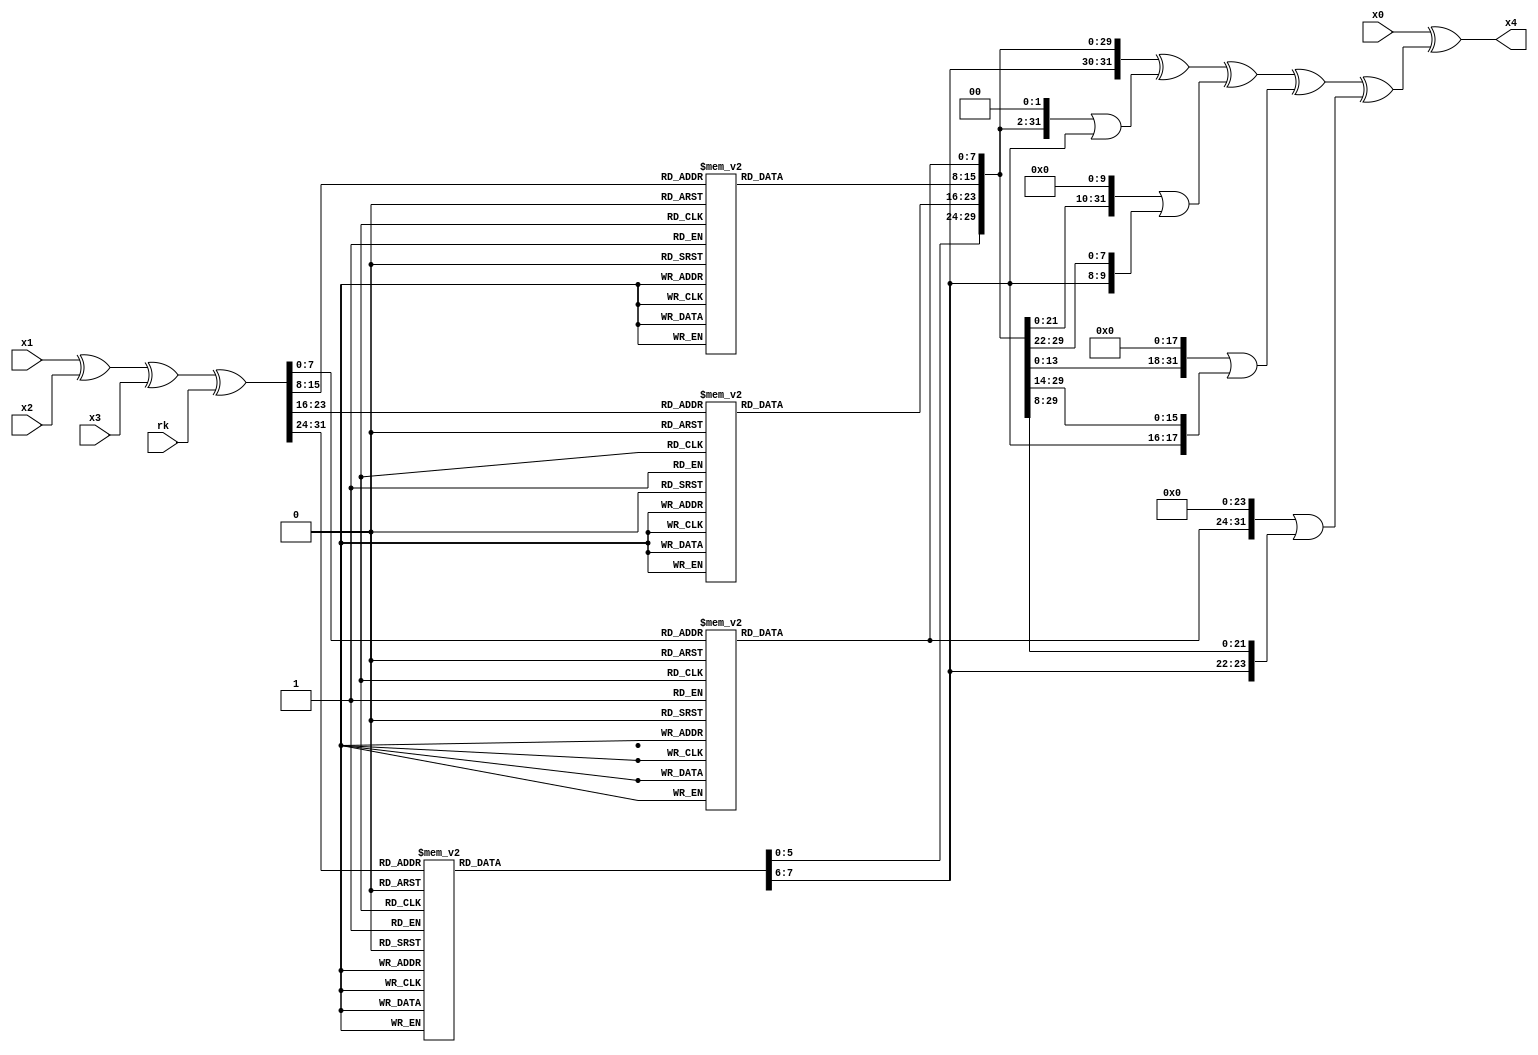
`timescale 1ns / 1ps
//////////////////////////////////////////////////////////////////////////////////
// Company: 
// 
// Design Name: 
// Module Name:    xcalc
// Project Name: 
// Target Devices: 
// Tool versions: 
// Description: 
//
// Dependencies: 
//
// Revision: 
// Revision 0.01 - File Created
// Additional Comments: 
//     calculate a x
//     x4 = x0 ^ T( x1 ^ x2 ^ x3 ^ rk )
//////////////////////////////////////////////////////////////////////////////////
module x_calculate (
    x0,
    x1,
    x2,
    x3,
    x4,
    rk
);
    input wire[31:0] x0;
    input wire[31:0] x1;
    input wire[31:0] x2;
    input wire[31:0] x3;
    output wire[31:0] x4;
    input wire[31:0] rk;

    wire[31:0] bracket;
    assign bracket = x1 ^ x2 ^ x3 ^ rk;
    wire[31:0] after_sb;
    wire[7:0] temp1;
    wire[7:0] temp2;
    wire[7:0] temp3;
    wire[7:0] temp4;
    assign temp1 = lut_sb(bracket[31:24]);
    assign temp2 = lut_sb(bracket[23:16]);
    assign temp3 = lut_sb(bracket[15:8]);
    assign temp4 = lut_sb(bracket[7:0]);
    assign after_sb = { temp1, temp2, temp3, temp4 };
    wire[31:0] T;
    assign T = after_sb ^ ( (after_sb<<2)|(after_sb>>30) ) ^ ( (after_sb<<10)|(after_sb>>22) ) ^ ( (after_sb<<18)|(after_sb>>14) ) ^ ( (after_sb<<24)|(after_sb>>8) ) ;
    assign x4 = x0 ^ T;

    function[ 7: 0] lut_sb;
        input[ 7: 0] sin;
        case (sin)
            8'h00: lut_sb = 8'hd6; 8'h01: lut_sb = 8'h90; 8'h02: lut_sb = 8'he9; 8'h03: lut_sb = 8'hfe; 8'h04: lut_sb = 8'hcc; 8'h05: lut_sb = 8'he1; 8'h06: lut_sb = 8'h3d; 8'h07: lut_sb = 8'hb7;
            8'h10: lut_sb = 8'h2b; 8'h11: lut_sb = 8'h67; 8'h12: lut_sb = 8'h9a; 8'h13: lut_sb = 8'h76; 8'h14: lut_sb = 8'h2a; 8'h15: lut_sb = 8'hbe; 8'h16: lut_sb = 8'h04; 8'h17: lut_sb = 8'hc3;
            8'h20: lut_sb = 8'h9c; 8'h21: lut_sb = 8'h42; 8'h22: lut_sb = 8'h50; 8'h23: lut_sb = 8'hf4; 8'h24: lut_sb = 8'h91; 8'h25: lut_sb = 8'hef; 8'h26: lut_sb = 8'h98; 8'h27: lut_sb = 8'h7a;
            8'h30: lut_sb = 8'he4; 8'h31: lut_sb = 8'hb3; 8'h32: lut_sb = 8'h1c; 8'h33: lut_sb = 8'ha9; 8'h34: lut_sb = 8'hc9; 8'h35: lut_sb = 8'h08; 8'h36: lut_sb = 8'he8; 8'h37: lut_sb = 8'h95;
            8'h40: lut_sb = 8'h47; 8'h41: lut_sb = 8'h07; 8'h42: lut_sb = 8'ha7; 8'h43: lut_sb = 8'hfc; 8'h44: lut_sb = 8'hf3; 8'h45: lut_sb = 8'h73; 8'h46: lut_sb = 8'h17; 8'h47: lut_sb = 8'hba;
            8'h50: lut_sb = 8'h68; 8'h51: lut_sb = 8'h6b; 8'h52: lut_sb = 8'h81; 8'h53: lut_sb = 8'hb2; 8'h54: lut_sb = 8'h71; 8'h55: lut_sb = 8'h64; 8'h56: lut_sb = 8'hda; 8'h57: lut_sb = 8'h8b;
            8'h60: lut_sb = 8'h1e; 8'h61: lut_sb = 8'h24; 8'h62: lut_sb = 8'h0e; 8'h63: lut_sb = 8'h5e; 8'h64: lut_sb = 8'h63; 8'h65: lut_sb = 8'h58; 8'h66: lut_sb = 8'hd1; 8'h67: lut_sb = 8'ha2;
            8'h70: lut_sb = 8'hd4; 8'h71: lut_sb = 8'h00; 8'h72: lut_sb = 8'h46; 8'h73: lut_sb = 8'h57; 8'h74: lut_sb = 8'h9f; 8'h75: lut_sb = 8'hd3; 8'h76: lut_sb = 8'h27; 8'h77: lut_sb = 8'h52;
            8'h80: lut_sb = 8'hea; 8'h81: lut_sb = 8'hbf; 8'h82: lut_sb = 8'h8a; 8'h83: lut_sb = 8'hd2; 8'h84: lut_sb = 8'h40; 8'h85: lut_sb = 8'hc7; 8'h86: lut_sb = 8'h38; 8'h87: lut_sb = 8'hb5;
            8'h90: lut_sb = 8'he0; 8'h91: lut_sb = 8'hae; 8'h92: lut_sb = 8'h5d; 8'h93: lut_sb = 8'ha4; 8'h94: lut_sb = 8'h9b; 8'h95: lut_sb = 8'h34; 8'h96: lut_sb = 8'h1a; 8'h97: lut_sb = 8'h55;
            8'hA0: lut_sb = 8'h1d; 8'hA1: lut_sb = 8'hf6; 8'hA2: lut_sb = 8'he2; 8'hA3: lut_sb = 8'h2e; 8'hA4: lut_sb = 8'h82; 8'hA5: lut_sb = 8'h66; 8'hA6: lut_sb = 8'hca; 8'hA7: lut_sb = 8'h60;
            8'hB0: lut_sb = 8'hd5; 8'hB1: lut_sb = 8'hdb; 8'hB2: lut_sb = 8'h37; 8'hB3: lut_sb = 8'h45; 8'hB4: lut_sb = 8'hde; 8'hB5: lut_sb = 8'hfd; 8'hB6: lut_sb = 8'h8e; 8'hB7: lut_sb = 8'h2f;
            8'hC0: lut_sb = 8'h8d; 8'hC1: lut_sb = 8'h1b; 8'hC2: lut_sb = 8'haf; 8'hC3: lut_sb = 8'h92; 8'hC4: lut_sb = 8'hbb; 8'hC5: lut_sb = 8'hdd; 8'hC6: lut_sb = 8'hbc; 8'hC7: lut_sb = 8'h7f;
            8'hD0: lut_sb = 8'h0a; 8'hD1: lut_sb = 8'hc1; 8'hD2: lut_sb = 8'h31; 8'hD3: lut_sb = 8'h88; 8'hD4: lut_sb = 8'ha5; 8'hD5: lut_sb = 8'hcd; 8'hD6: lut_sb = 8'h7b; 8'hD7: lut_sb = 8'hbd;
            8'hE0: lut_sb = 8'h89; 8'hE1: lut_sb = 8'h69; 8'hE2: lut_sb = 8'h97; 8'hE3: lut_sb = 8'h4a; 8'hE4: lut_sb = 8'h0c; 8'hE5: lut_sb = 8'h96; 8'hE6: lut_sb = 8'h77; 8'hE7: lut_sb = 8'h7e;
            8'hF0: lut_sb = 8'h18; 8'hF1: lut_sb = 8'hf0; 8'hF2: lut_sb = 8'h7d; 8'hF3: lut_sb = 8'hec; 8'hF4: lut_sb = 8'h3a; 8'hF5: lut_sb = 8'hdc; 8'hF6: lut_sb = 8'h4d; 8'hF7: lut_sb = 8'h20;

            8'h08: lut_sb = 8'h16; 8'h09: lut_sb = 8'hb6; 8'h0A: lut_sb = 8'h14; 8'h0B: lut_sb = 8'hc2; 8'h0C: lut_sb = 8'h28; 8'h0D: lut_sb = 8'hfb; 8'h0E: lut_sb = 8'h2c; 8'h0F: lut_sb = 8'h05;
            8'h18: lut_sb = 8'haa; 8'h19: lut_sb = 8'h44; 8'h1A: lut_sb = 8'h13; 8'h1B: lut_sb = 8'h26; 8'h1C: lut_sb = 8'h49; 8'h1D: lut_sb = 8'h86; 8'h1E: lut_sb = 8'h06; 8'h1F: lut_sb = 8'h99;
            8'h28: lut_sb = 8'h33; 8'h29: lut_sb = 8'h54; 8'h2A: lut_sb = 8'h0b; 8'h2B: lut_sb = 8'h43; 8'h2C: lut_sb = 8'hed; 8'h2D: lut_sb = 8'hcf; 8'h2E: lut_sb = 8'hac; 8'h2F: lut_sb = 8'h62;
            8'h38: lut_sb = 8'h80; 8'h39: lut_sb = 8'hdf; 8'h3A: lut_sb = 8'h94; 8'h3B: lut_sb = 8'hfa; 8'h3C: lut_sb = 8'h75; 8'h3D: lut_sb = 8'h8f; 8'h3E: lut_sb = 8'h3f; 8'h3F: lut_sb = 8'ha6;
            8'h48: lut_sb = 8'h83; 8'h49: lut_sb = 8'h59; 8'h4A: lut_sb = 8'h3c; 8'h4B: lut_sb = 8'h19; 8'h4C: lut_sb = 8'he6; 8'h4D: lut_sb = 8'h85; 8'h4E: lut_sb = 8'h4f; 8'h4F: lut_sb = 8'ha8;
            8'h58: lut_sb = 8'hf8; 8'h59: lut_sb = 8'heb; 8'h5A: lut_sb = 8'h0f; 8'h5B: lut_sb = 8'h4b; 8'h5C: lut_sb = 8'h70; 8'h5D: lut_sb = 8'h56; 8'h5E: lut_sb = 8'h9d; 8'h5F: lut_sb = 8'h35;
            8'h68: lut_sb = 8'h25; 8'h69: lut_sb = 8'h22; 8'h6A: lut_sb = 8'h7c; 8'h6B: lut_sb = 8'h3b; 8'h6C: lut_sb = 8'h01; 8'h6D: lut_sb = 8'h21; 8'h6E: lut_sb = 8'h78; 8'h6F: lut_sb = 8'h87;
            8'h78: lut_sb = 8'h4c; 8'h79: lut_sb = 8'h36; 8'h7A: lut_sb = 8'h02; 8'h7B: lut_sb = 8'he7; 8'h7C: lut_sb = 8'ha0; 8'h7D: lut_sb = 8'hc4; 8'h7E: lut_sb = 8'hc8; 8'h7F: lut_sb = 8'h9e;
            8'h88: lut_sb = 8'ha3; 8'h89: lut_sb = 8'hf7; 8'h8A: lut_sb = 8'hf2; 8'h8B: lut_sb = 8'hce; 8'h8C: lut_sb = 8'hf9; 8'h8D: lut_sb = 8'h61; 8'h8E: lut_sb = 8'h15; 8'h8F: lut_sb = 8'ha1;
            8'h98: lut_sb = 8'had; 8'h99: lut_sb = 8'h93; 8'h9A: lut_sb = 8'h32; 8'h9B: lut_sb = 8'h30; 8'h9C: lut_sb = 8'hf5; 8'h9D: lut_sb = 8'h8c; 8'h9E: lut_sb = 8'hb1; 8'h9F: lut_sb = 8'he3;
            8'hA8: lut_sb = 8'hc0; 8'hA9: lut_sb = 8'h29; 8'hAA: lut_sb = 8'h23; 8'hAB: lut_sb = 8'hab; 8'hAC: lut_sb = 8'h0d; 8'hAD: lut_sb = 8'h53; 8'hAE: lut_sb = 8'h4e; 8'hAF: lut_sb = 8'h6f;
            8'hB8: lut_sb = 8'h03; 8'hB9: lut_sb = 8'hff; 8'hBA: lut_sb = 8'h6a; 8'hBB: lut_sb = 8'h72; 8'hBC: lut_sb = 8'h6d; 8'hBD: lut_sb = 8'h6c; 8'hBE: lut_sb = 8'h5b; 8'hBF: lut_sb = 8'h51;
            8'hC8: lut_sb = 8'h11; 8'hC9: lut_sb = 8'hd9; 8'hCA: lut_sb = 8'h5c; 8'hCB: lut_sb = 8'h41; 8'hCC: lut_sb = 8'h1f; 8'hCD: lut_sb = 8'h10; 8'hCE: lut_sb = 8'h5a; 8'hCF: lut_sb = 8'hd8;
            8'hD8: lut_sb = 8'h2d; 8'hD9: lut_sb = 8'h74; 8'hDA: lut_sb = 8'hd0; 8'hDB: lut_sb = 8'h12; 8'hDC: lut_sb = 8'hb8; 8'hDD: lut_sb = 8'he5; 8'hDE: lut_sb = 8'hb4; 8'hDF: lut_sb = 8'hb0;
            8'hE8: lut_sb = 8'h65; 8'hE9: lut_sb = 8'hb9; 8'hEA: lut_sb = 8'hf1; 8'hEB: lut_sb = 8'h09; 8'hEC: lut_sb = 8'hc5; 8'hED: lut_sb = 8'h6e; 8'hEE: lut_sb = 8'hc6; 8'hEF: lut_sb = 8'h84;
            8'hF8: lut_sb = 8'h79; 8'hF9: lut_sb = 8'hee; 8'hFA: lut_sb = 8'h5f; 8'hFB: lut_sb = 8'h3e; 8'hFC: lut_sb = 8'hd7; 8'hFD: lut_sb = 8'hcb; 8'hFE: lut_sb = 8'h39; 8'hFF: lut_sb = 8'h48;
            default: lut_sb = 8'h00;
        endcase
    endfunction
endmodule